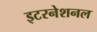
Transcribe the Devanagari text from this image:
इटरनेशनल